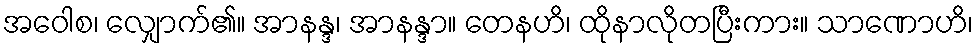
အဝေါစ၊ လျှောက်၏။ အာနန္ဒ၊ အာနန္ဒာ။ တေနဟိ၊ ထိုနာလိုတပြီးကား။ သာဏောဟိ၊